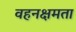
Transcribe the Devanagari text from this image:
वहनक्षमता